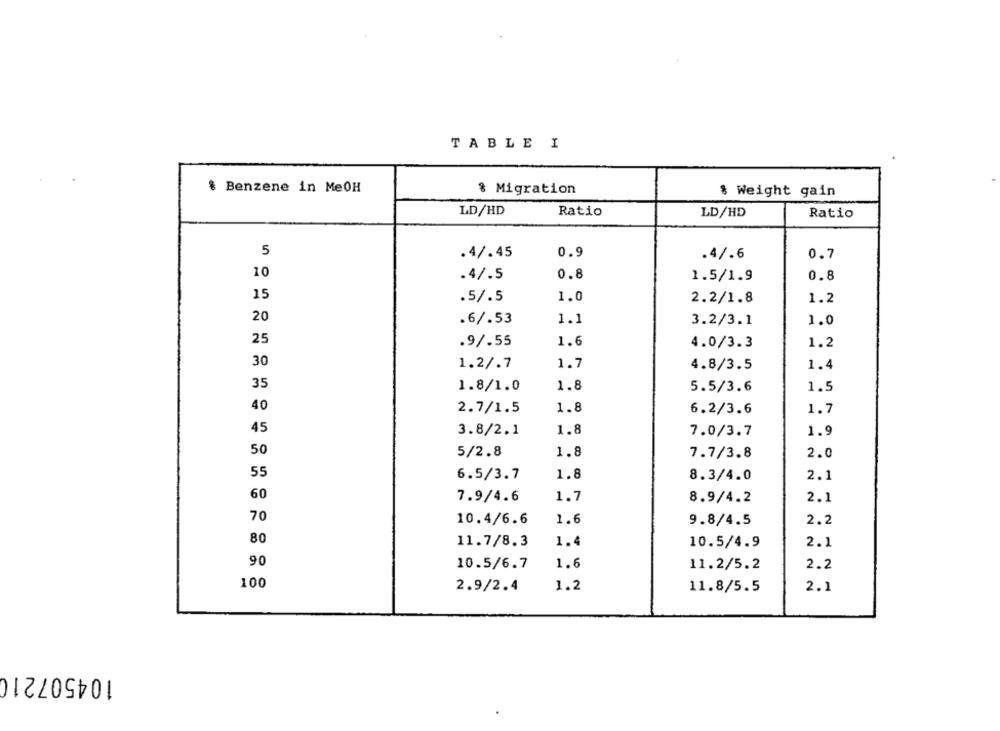
TABLE I
& Benzene in MeOH
& Migration
$ Weight gain
LD/HD
Ratio
LD/HD
Ratio
5
.4/.45
0.9
.4/.6
0.7
10
.4/.5
0.8
1.5/1.9
0.8
15
.5/.5
1.0
2.2/1.8
1.2
20
.6/.53
1.1
3.2/3.1
1.0
25
.9/.55
1.6
1.2
4.0/3.3
30
1.2/.7
1.7
4.8/3.5
1.4
35
1.8/1.0
1.8
5.5/3.6
1.5
40
2.7/1.5
1.8
6.2/3.6
1.7
45
3.8/2.1
1.8
7.0/3.7
1.9
50
5/2.8
1.8
2.0
7.7/3.8
55
6.5/3.7
1.8
2.1
8.3/4.0
60
7.9/4.6
1.7
8.9/4.2
2.1
70
10.4/6.6
1.6
2.2
9.8/4.5
80
11.7/8.3
1.4
10.5/4.9
2.1
90
10.5/6.7
1.6
11.2/5.2
2.2
100
2.9/2.4
1.2
11.8/5.5
2.1
104507210